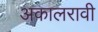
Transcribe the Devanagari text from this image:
अकालरावी